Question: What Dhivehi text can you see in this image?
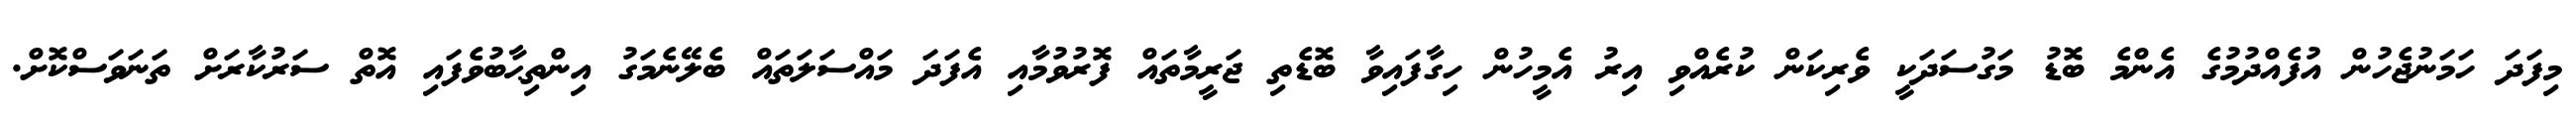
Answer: މިފަދަ ހަމަނުޖެހުން އުފެއްދުމުގެ އެންމެ ބޮޑު މަގުސަދަކީ ވެރިކަން ކުރެއްވި އިރު އެމީހުން ހިގާފައިވާ ބޮޑެތި ޖަރީމާތައް ފޮރުވުމާއި އެފަދަ މައްސަލަތައް ބެލޭނެމަގު އިންތިޙާބުވެފައި އޮތް ސަރުކާރަށް ތަނަވަސްކޮށް.